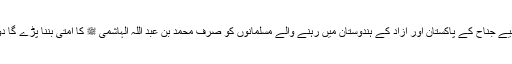
جس سے لڑنے کے لیے جناح کے پاکستان اور آزاد کے ہندوستان میں رہنے والے مسلمانوں کو صرف محمد بن عبد اللہ الہاشمی ﷺ کا امتی بننا پڑے گا دوسری کوئی راہ نہیں۔